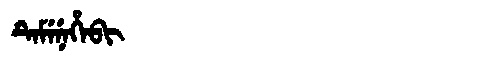
Manchu: ᡨᡝᠮᡝᠨᡝᡥᡝᠪᡳ
Romanization: TEMENEHEBI